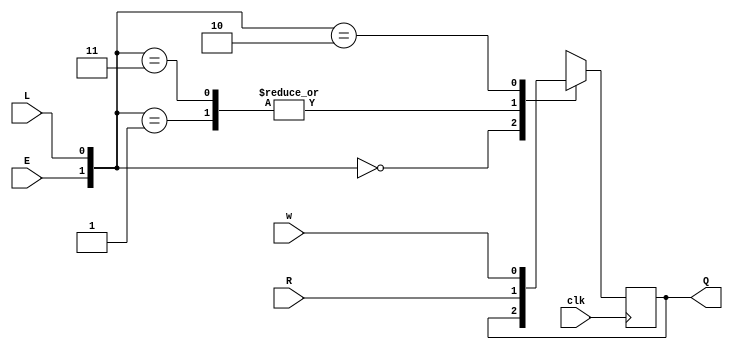
module top_module (
    input clk,
    input w, R, E, L,
    output Q
);
    wire [1:0]con = {E, L};
    always @ (posedge clk) begin
        case(con)
            2'b00 : Q <= Q;
            2'b01 : Q <= R;
            2'b11 : Q <= R;
            2'b10 : Q <= w;
        endcase
    end
endmodule